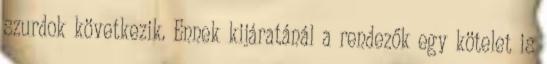
szurdok következik. Ennek kijáratánál a rendezők egy kötelet is